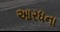
આરધના